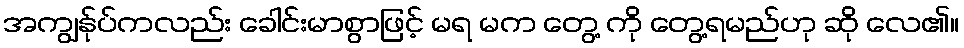
အကျွန်ုပ်ကလည်း ခေါင်းမာစွာဖြင့် မရ မက တွေ့ ကို တွေ့ရမည်ဟု ဆို လေ၏။